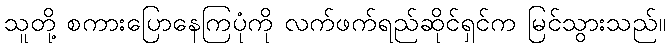
သူတို့ စကားပြောနေကြပုံကို လက်ဖက်ရည်ဆိုင်ရှင်က မြင်သွားသည်။